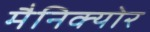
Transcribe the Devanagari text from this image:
मैनिक्‍योर